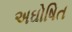
અઘોષિત